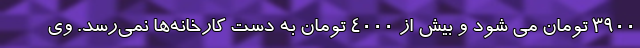
۳۹۰۰ تومان می شود و بیش از ۴۰۰۰ تومان به دست کارخانه‌ها نمی‌رسد. وی